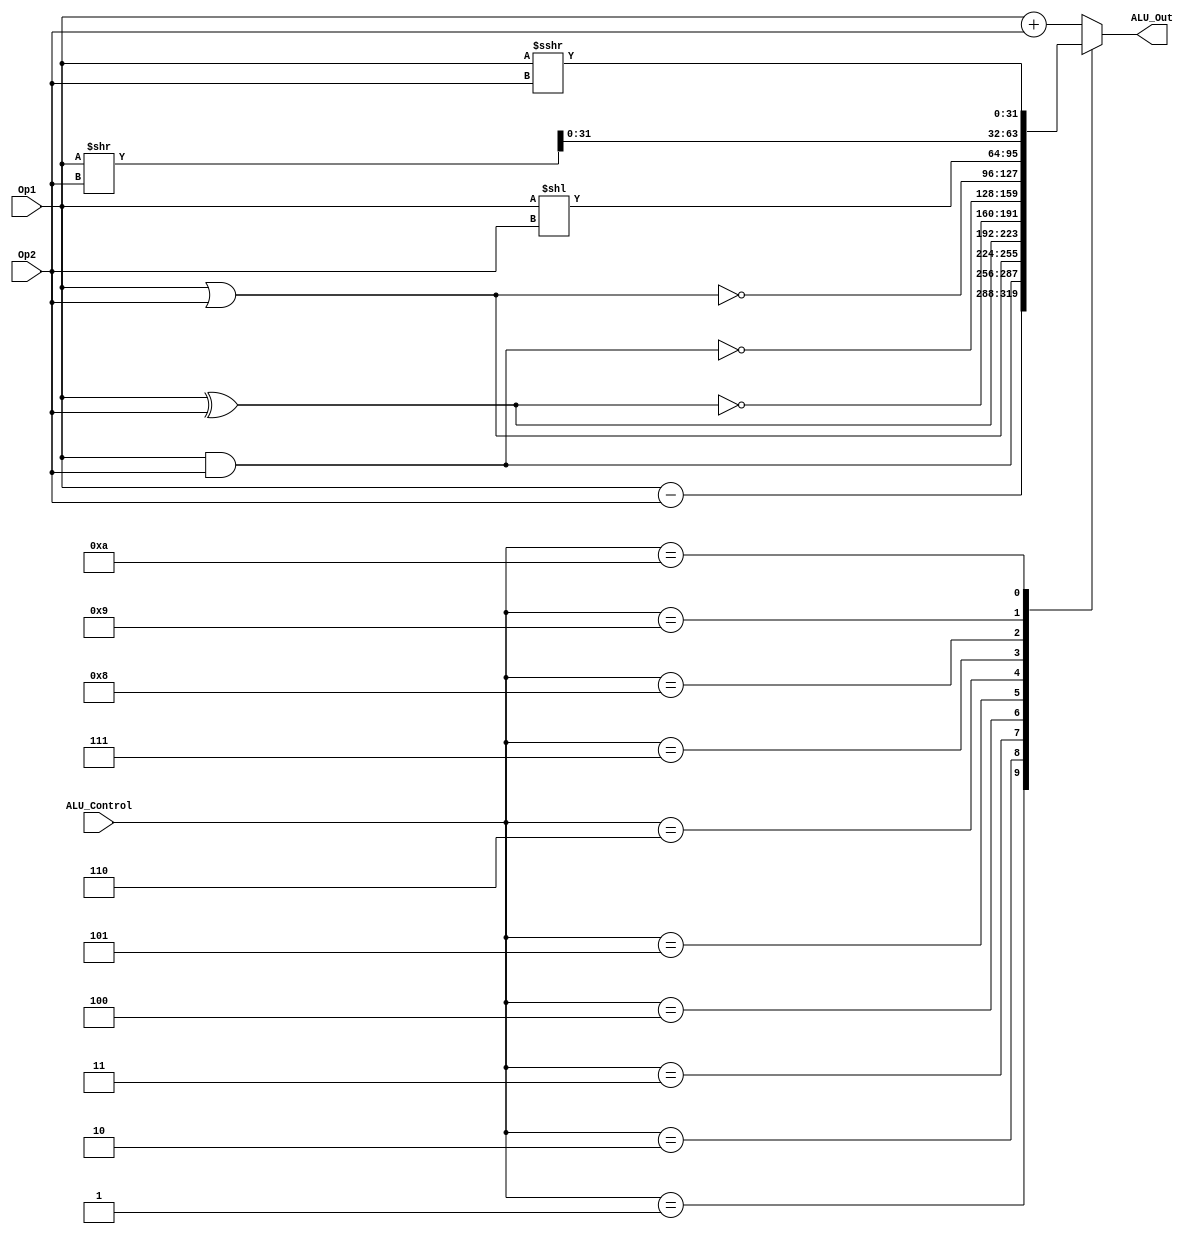
`timescale 1ns / 1ps
//////////////////////////////////////////////////////////////////////////////////
// Company: 
// Engineer: 
// 
// Design Name: 
// Module Name: ALU
// Project Name: 
// Target Devices: 
// Tool Versions: 
// Description: 
// 
// Dependencies: 
// 
// Revision:
// Revision 0.01 - File Created
// Additional Comments:
// 
//////////////////////////////////////////////////////////////////////////////////


module ALU (input signed [31:0] Op1, Op2, input [3:0] ALU_Control, output [31:0] ALU_Out ); // unidad aritmtico lgica

    reg signed [32:0] ALU_Result; // registro para la salida
    wire [31:0] Op11; // operando de entrada 1
    assign Op11 = Op1;
    wire [31:0] Op22; // operando de entrada 2
    assign Op22 = Op2; 
    assign ALU_Out = ALU_Result[31:0]; // asigna salida
    
    always @(*) begin
        case(ALU_Control)
            4'b0000: // Suma
                ALU_Result= Op1 + Op2;
            4'b0001: // Resta
                ALU_Result = Op1 - Op2;
            4'b0010: // AND
                ALU_Result = Op1 & Op2;
            4'b0011: // OR
                ALU_Result = Op1 | Op2;
            4'b0100: // XOR
                ALU_Result = Op1 ^ Op2;
            4'b0101: // XNOR
                ALU_Result = ~(Op1 ^ Op2);
            4'b0110: // NAND
                ALU_Result = ~(Op1 & Op2);
            4'b0111: // NOR
                ALU_Result = ~(Op1 | Op2);
            4'b1000: // Logical Shift Left
                ALU_Result = Op1 << Op2;    
            4'b1001: // Logical Shift Right
                ALU_Result = Op1 >> Op2;
            4'b1010: // Arithmetic Shift Right
                ALU_Result = Op1 >>> Op2;    
            default: ALU_Result = Op1 + Op2;
        endcase
    end

endmodule